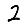
Digit: 2